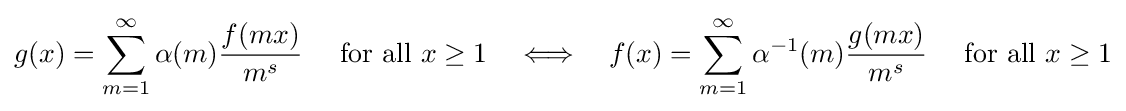
g(x)=\sum _{m=1}^{\infty }\alpha (m){\frac {f(mx)}{m^{s}}}\quad {\mbox{ for all }}x\geq 1\quad \Longleftrightarrow \quad f(x)=\sum _{m=1}^{\infty }\alpha ^{-1}(m){\frac {g(mx)}{m^{s}}}\quad {\mbox{ for all }}x\geq 1